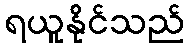
ရယူနိုင်သည်